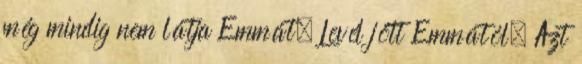
még mindig nem látja Emmát. Levél jött Emmától. Azt